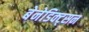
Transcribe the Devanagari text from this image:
बेनेडिक्ट्सन